Document type: Emphyteutic lease
Year: 1283
Scribe: Pere Marquès
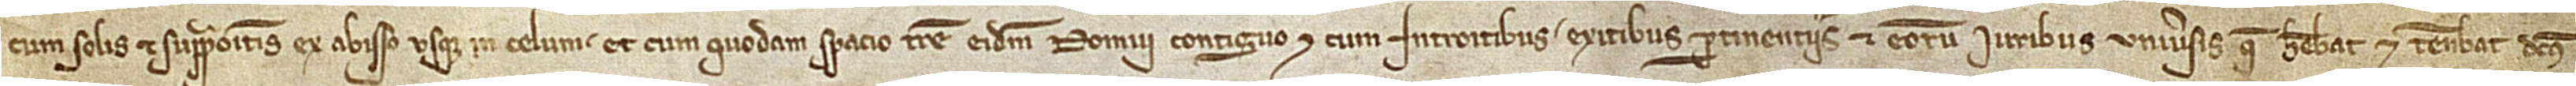
cum solis et suprapositis, ex abisso usque in celum, et cum quodam spacio terre eidem domui contiguo, et cum introitibus, exitibus, pertinenciis et eorum iuribus universis, que habebat et tenebat dictus